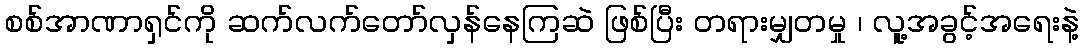
စစ်အာဏာရှင်ကို ဆက်လက်တော်လှန်နေကြဆဲ ဖြစ်ပြီး တရားမျှတမှု ၊ လူ့အခွင့်အရေးနဲ့